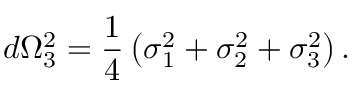
d \Omega _ { 3 } ^ { 2 } = \frac { 1 } { 4 } \left( \sigma _ { 1 } ^ { 2 } + \sigma _ { 2 } ^ { 2 } + \sigma _ { 3 } ^ { 2 } \right) .